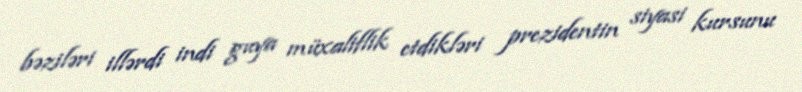
bəziləri illərdi indi guya müxaliflik etdikləri prezidentin siyasi kursunu